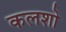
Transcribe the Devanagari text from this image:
कलशो